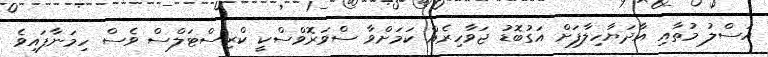
އަސްލު މުތާއި އާދަޔާހިލާފަށް އަގުބޮޑު ޖަވާހިރެއް ކަމަށްވާ ސްވަރޮވްސްކީ ކްރިސްޓަލްސް ވެސް ހިމަނާފައިވެ